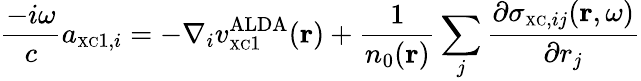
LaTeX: \frac{-i\omega}{c}a_{{\scriptscriptstyle\mathrm{XC}}1,i}=-\nabla_{i}v_{{\scriptscriptstyle\mathrm{XC}}1}^{\mathrm{ALDA}}({\mathbf r})+\frac{1}{n_{0}({\mathbf r})}\sum_{j}\frac{\partial\sigma_{{\scriptscriptstyle\mathrm{XC}},ij}({\mathbf r},\omega)}{\partial r_{j}}